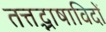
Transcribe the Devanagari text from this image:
तत्तद्भाषाविदों